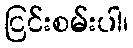
ငြင်းစမ်းပါ၊